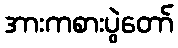
အားကစားပွဲတော်